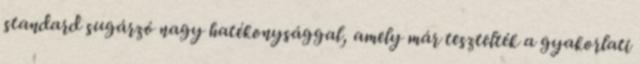
standard sugárzó nagy hatékonysággal, amely már tesztelték a gyakorlati